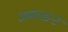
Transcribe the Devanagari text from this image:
अकाऊन्ट